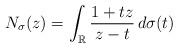
LaTeX: \begin{align*}N_{\sigma}(z)=\int_{\mathbb{R}}\frac{1+tz}{z-t}\,d\sigma(t)\end{align*}